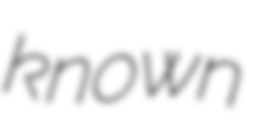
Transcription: known